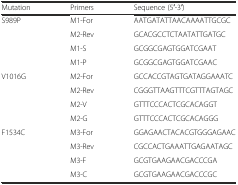
| Mutation | Primers | Sequence (5′-3′) |
 | --- | --- | --- |
 | S989P | M1-For | AATGATATTAACAAAATTGCGC |
 |  | M2-Rev | GCACGCCTCTAATATTGATGC |
 |  | M1-S | GCGGCGAGTGGATCGAAT |
 |  | M1-P | GCGGCGAGTGGATCGAAC |
 | V1016G | M2-For | GCCACCGTAGTGATAGGAAATC |
 |  | M2-Rev | CGGGTTAAGTTTCGTTTAGTAGC |
 |  | M2-V | GTTTCCCACTCGCACAGGT |
 |  | M2-G | GTTTCCCACTCGCACAGGG |
 | F1534C | M3-For | GGAGAACTACACGTGGGAGAAC |
 |  | M3-Rev | CGCCACTGAAATTGAGAATAGC |
 |  | M3-F | GCGTGAAGAACGACCCGA |
 |  | M3-C | GCGTGAAGAACGACCCGC |